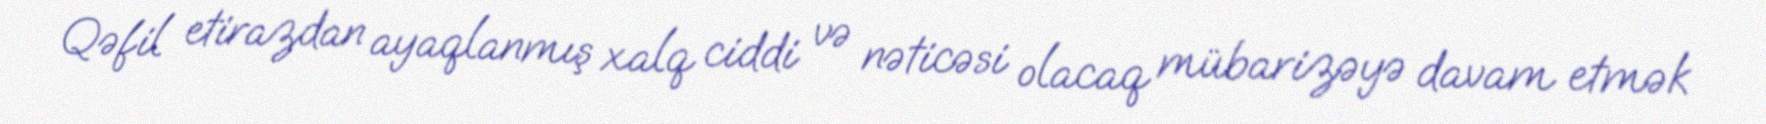
Qəfil etirazdan ayaqlanmış xalq ciddi və nəticəsi olacaq mübarizəyə davam etmək